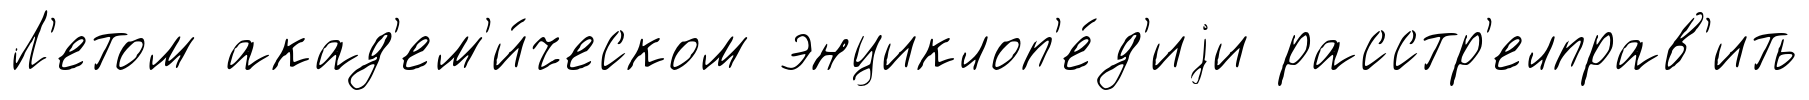
Л'етом акад'ем'и́ческом энциклоп'е́д'иjи расстр'елправ'ить